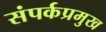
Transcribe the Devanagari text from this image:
संपर्कप्रमुख